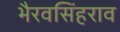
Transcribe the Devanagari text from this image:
भैरवसिंहराव